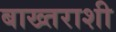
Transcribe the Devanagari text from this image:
बाख्तराशी